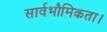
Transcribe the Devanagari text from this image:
सार्वभौमिकता।